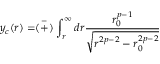
y _ { c } ( r ) = \stackrel { - } { ( + ) } \int _ { r } ^ { \infty } d r \frac { r _ { 0 } ^ { p - 1 } } { \sqrt { r ^ { 2 p - 2 } - r _ { 0 } ^ { 2 p - 2 } } }